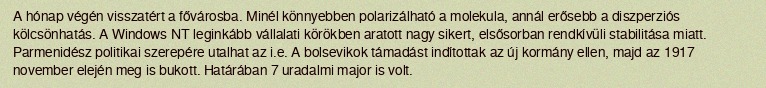
A hónap végén visszatért a fővárosba. Minél könnyebben polarizálható a molekula, annál erősebb a diszperziós kölcsönhatás. A Windows NT leginkább vállalati körökben aratott nagy sikert, elsősorban rendkívüli stabilitása miatt. Parmenidész politikai szerepére utalhat az i.e. A bolsevikok támadást indítottak az új kormány ellen, majd az 1917 november elején meg is bukott. Határában 7 uradalmi major is volt.